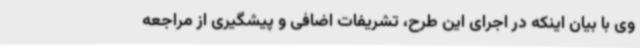
وی با بیان اینکه در اجرای این طرح، تشریفات اضافی و پیشگیری از مراجعه